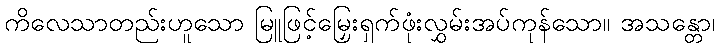
ကိလေသာတည်းဟူသော မြူဖြင့်မြှေးရှက်ဖုံးလွှမ်းအပ်ကုန်သော။ အသန္တော၊